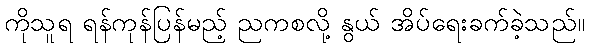
ကိုသူရ ရန်ကုန်ပြန်မည့် ညကစလို့ နွယ် အိပ်ရေးခက်ခဲ့သည်။